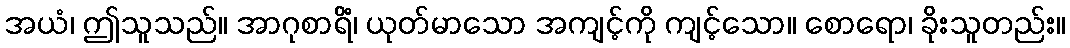
အယံ၊ ဤသူသည်။ အာဂုစာရိံ၊ ယုတ်မာသော အကျင့်ကို ကျင့်သော။ စောရော၊ ခိုးသူတည်း။